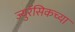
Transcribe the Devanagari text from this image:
ज्युरॅसिकच्या